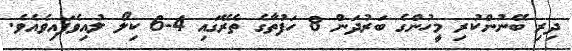
ދިރި ބޭނުންކުރި މީހުންގެ ބަރުދަން 8 ހަފުތާގެ ތެރޭގައި 4-6 ކިލޯ ލުއިވެފައިވެއެވެ.